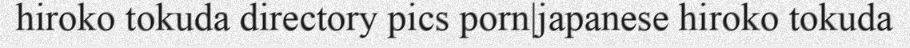
hiroko tokuda directory pics porn|japanese hiroko tokuda